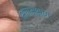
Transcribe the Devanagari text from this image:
भागम्भाग